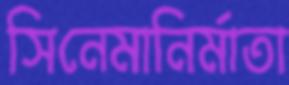
সিনেমানির্মাতা